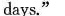
days."